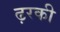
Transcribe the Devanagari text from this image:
ढ़रकी